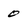
Character: 0